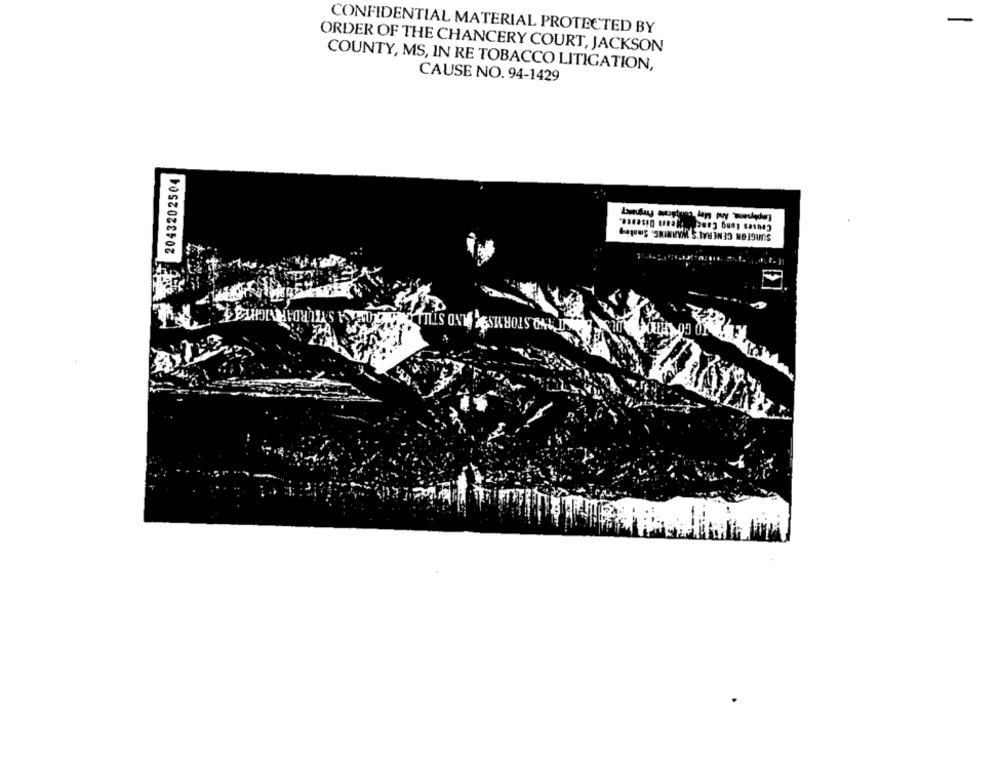
-
CONFIDENTIAL MATERIAL PROTECTED BY
ORDER OF THE CHANCERY COURT, JACKSON
COUNTY, MS, IN RE TOBACCO LITIGATION,
CAUSE NO. 94-1429
2043202504
SURGEON GENERAL'S WARNING. Smoking